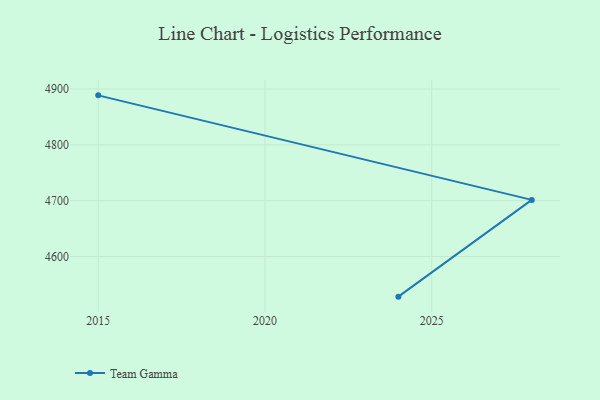
{"axis": {"x": "Year", "y": "Demand Index"}, "legend": ["Team Gamma"], "data": [{"x": "2024", "y": 4528.1, "type": "Team Gamma"}, {"x": "2028", "y": 4701.4, "type": "Team Gamma"}, {"x": "2015", "y": 4888.6, "type": "Team Gamma"}]}